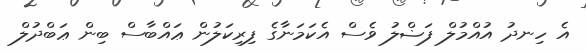
އެ ހިނދު އުއްމުލް ފަޟްލު ވެސް އެކަމަނާގެ ފިރިކަލުން ޢައްބާސް ބިން ޢަބްދުލް